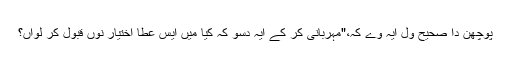
پوچھن دا صحیح ول ایہ وے کہ،"مہربانی کر کے ایہ دسو کہ کیا میں ایس عطا اختیار نوں قبول کر لواں؟